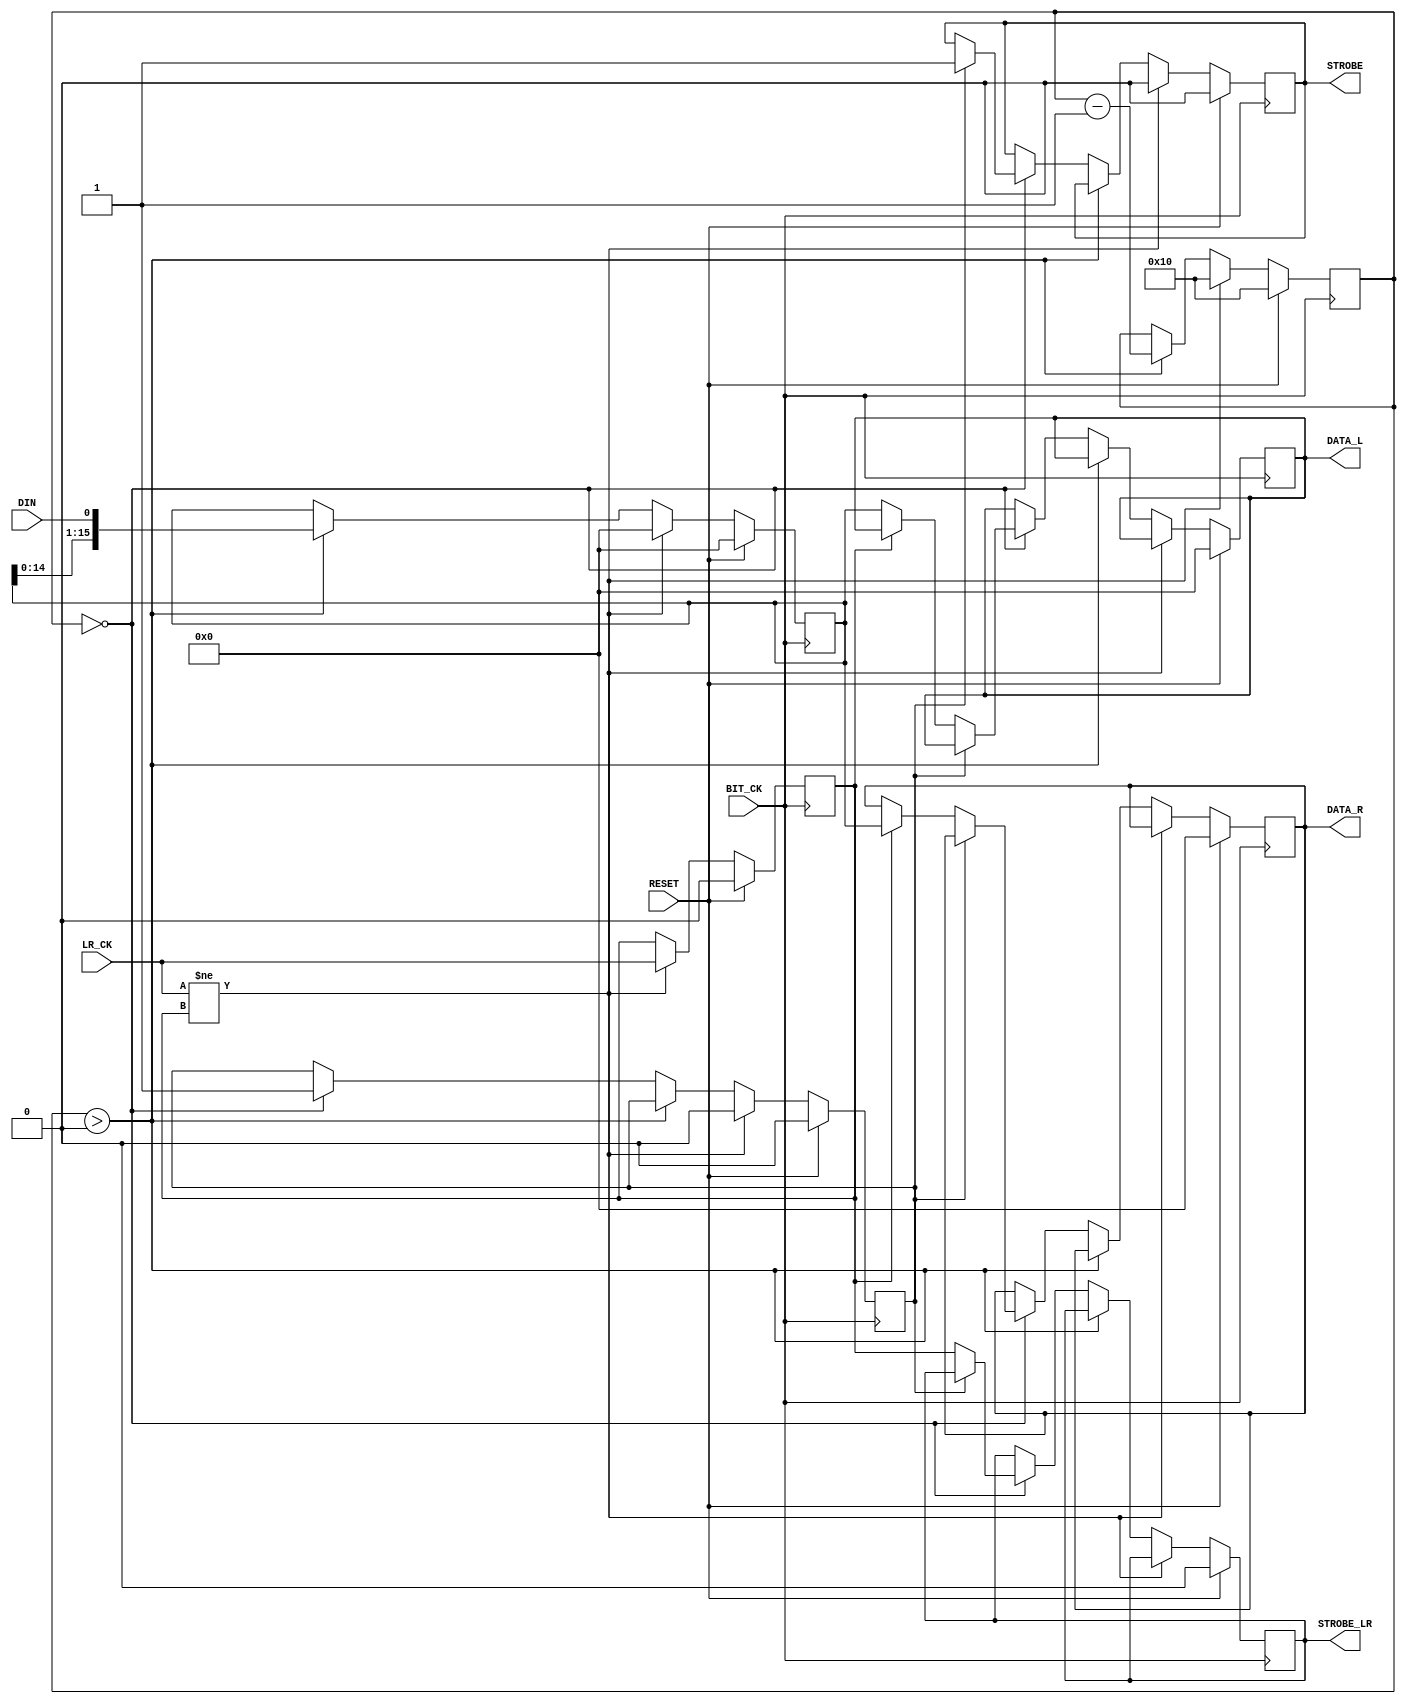
module i2s_to_parallel(
	LR_CK,
	BIT_CK,
	DIN,
	RESET,
	DATA_L,
	DATA_R,
	STROBE,
	STROBE_LR
);
parameter width = 16;

input 			LR_CK;
input 			BIT_CK;
input 			DIN;
input 			RESET;
output reg [width-1:0] 	DATA_L;
output reg [width-1:0] 	DATA_R;
output reg 		STROBE;
output reg 		STROBE_LR;

reg 		current_lr;
reg [width-1:0]	counter;
reg [width-1:0] shift_reg;
reg		output_strobed;

	
	always @(posedge BIT_CK) begin
		if (RESET) begin
			DATA_L <= 0;
			DATA_R <= 0;
			shift_reg <= 0;
			current_lr <= 0;
			STROBE <= 0;
			STROBE_LR <= 0;
			counter <= width;
			output_strobed <= 0;
		end
		else begin
			if (LR_CK != current_lr) begin
				current_lr <= LR_CK;
				counter <= width;
				shift_reg <= 0;
				STROBE <= 0;
				output_strobed <= 0;
			end
			else if (counter > 0) begin
				shift_reg <= {shift_reg[width-2:0], DIN};
				counter <= counter-1;
			end
			else if (counter == 0) begin
				if (!output_strobed) begin
					if (current_lr) begin
						DATA_R <= shift_reg;
					end
					else begin
						DATA_L <= shift_reg;
					end
					STROBE_LR <= current_lr;
					output_strobed <= 1;
				end
				else begin
					STROBE <= 1;
				end
			end
		end
	end
endmodule